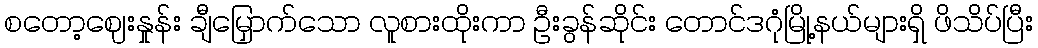
စတော့ဈေးနှုန်း ချီမြှောက်သော လူစားထိုးကာ ဦးခွန်ဆိုင်း တောင်ဒဂုံမြို့နယ်များရှိ ဖိသိပ်ပြီး